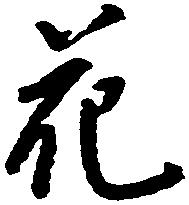
花